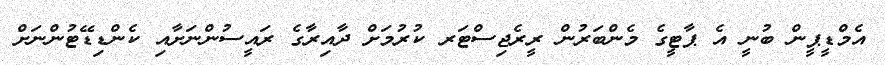
އެމްޑީޕީން ބުނީ އެ ޕާޓީގެ މެންބަރުން ރީރެޖިސްޓަރ ކުރުމަށް ދާއިރާގެ ރައީސުންނަށާއި ކެންޑިޑޭޓުންނަށް